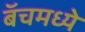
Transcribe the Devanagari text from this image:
बॅचमध्ये